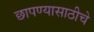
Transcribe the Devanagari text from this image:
छापण्यासाठीचे